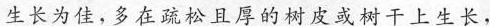
生长为佳，多在疏松且厚的树皮或树干上生长，